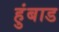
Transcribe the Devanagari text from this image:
हुंबाड